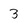
Character: 3